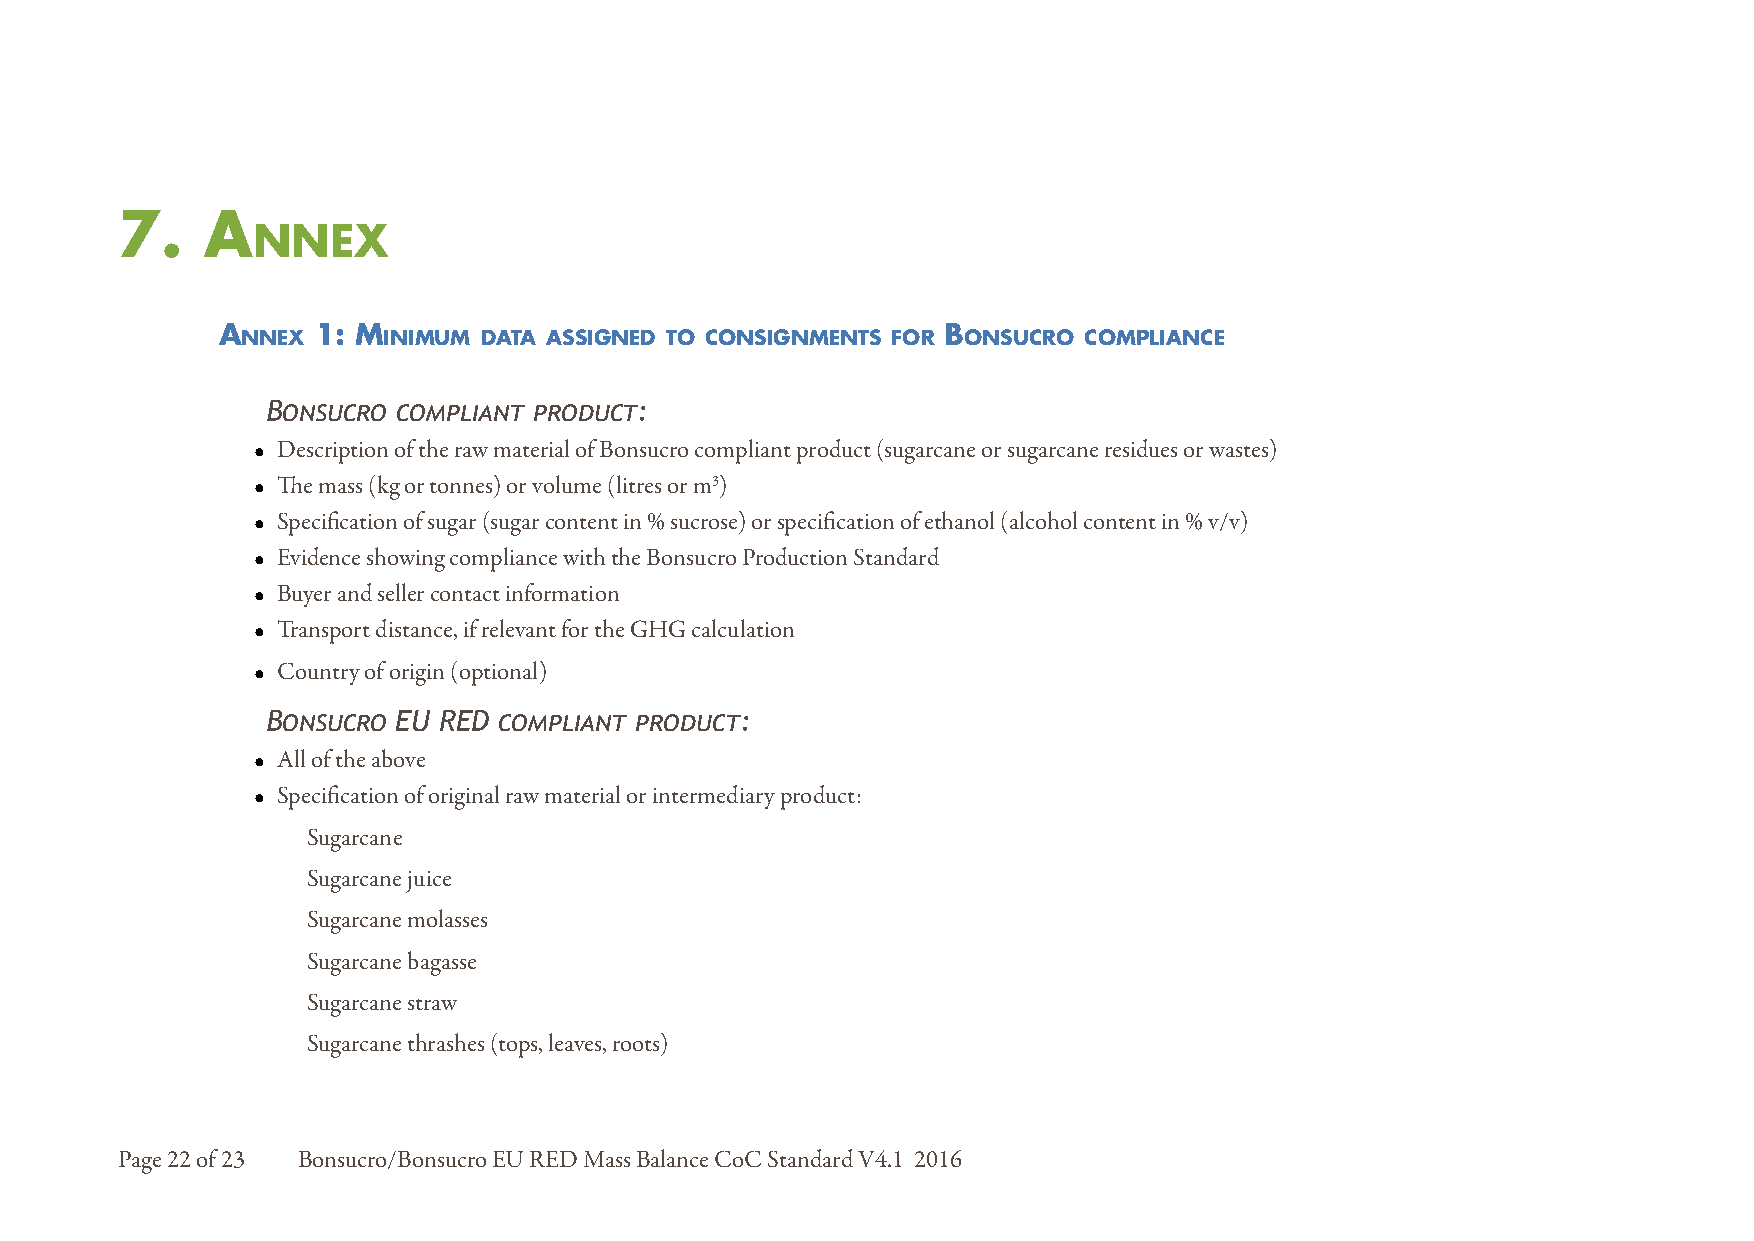
7.   A
 nnex
 A      1: m                                      b
 nnex     InImum dAtA AssIgned to consIgnments for onsucro complIAnce
 Bonsucro compliant product:
 • Description of the raw material of Bonsucro compliant product (sugarcane or sugarcane residues or wastes)
 • The mass (kg or tonnes) or volume (litres or m3)
 • Specification of sugar (sugar content in % sucrose) or specification of ethanol (alcohol content in % v/v)
 • Evidence showing compliance with the Bonsucro Production Standard
 • Buyer and seller contact information
 • Transport distance, if relevant for the GHG calculation
 • Country of origin (optional)
 Bonsucro EU RED compliant product:
 • All of the above
 • Specification of original raw material or intermediary product:
 Sugarcane
 Sugarcane juice
 Sugarcane molasses
 Sugarcane bagasse
 Sugarcane straw
 Sugarcane thrashes (tops, leaves, roots)
 Page 22 of 23 Bonsucro/Bonsucro EU RED Mass Balance CoC Standard V4.1 2016